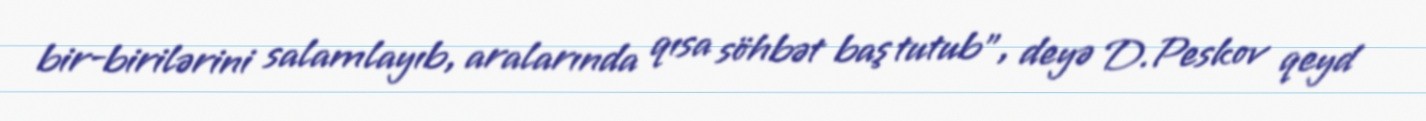
bir-birilərini salamlayıb, aralarında qısa söhbət baş tutub”, deyə D.Peskov qeyd